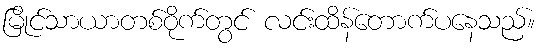
မြိုင်သာယာတစ်ဝိုက်တွင် လင်းထိန်တောက်ပနေသည်။